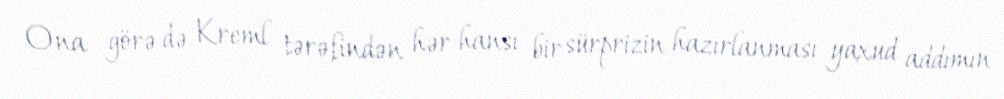
Ona görə də Kreml tərəfindən hər hansı bir sürprizin hazırlanması yaxud addımın